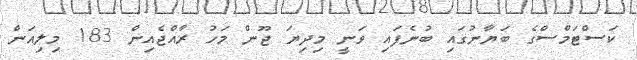
ކަސްޓަމްސްގެ ބަޔާނުގައި ބުނެފައި ވަނީ މިދިޔަ ޖޫން މަހު ރާއްޖެއިން 183 މިލިއަން